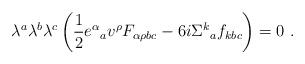
LaTeX: \begin{align*}\lambda^{a}\lambda^{b}\lambda^{c}\left(\frac{1}{2}e^{\alpha}{}_{a} v^{\rho}F_{\alpha\rho b c}- 6 i \Sigma^{k}{}_{a} f_{k b c}\right) = 0\ .\end{align*}